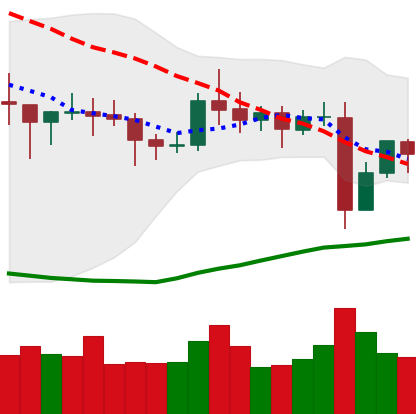
Ticker: NEO-USD
Chart end date: 2021-10-30
Forward return: 9.417%
Label: up_7plus